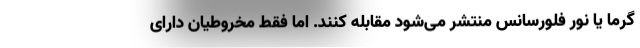
گرما یا نور فلورسانس منتشر می‌شود مقابله کنند. اما فقط مخروطیان دارای